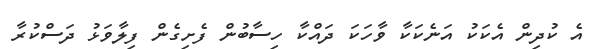
އެ ކުދިން އެކަކު އަނެކަކާ ވާހަކަ ދައްކާ ހިސާބުން ފެށިގެން ފިލާވަޅު ދަސްކުރާ